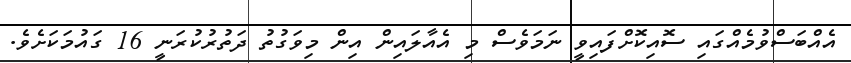
އެއްބަސްވުމެއްގައި ސޮއިކޮށްފައިވީ ނަމަވެސް މި އެއާލައިން އިން މިވަގުތު ދަތުރުކުރަނީ 16 ގައުމަކަށެވެ.